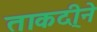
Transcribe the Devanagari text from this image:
ताकदी्ने